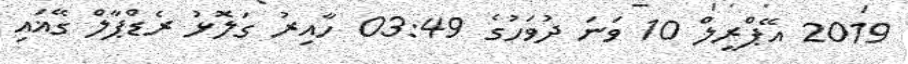
2019 އޭޕްރީލް 10 ވަނަ ދުވަހުގެ 03:49 ހާއިރު ގަލޮޅު ރެޑްޕާލް ގޭޣައި